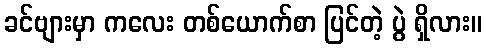
ခင်ဗျားမှာ ကလေး တစ်ယောက်စာ ပြင်တဲ့ ပွဲ ရှိလား။